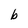
Character: b